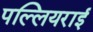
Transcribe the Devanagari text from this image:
पल्लियराई